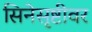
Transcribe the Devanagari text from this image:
सिनेसृष्टीवर